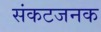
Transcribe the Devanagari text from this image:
संकटजनक